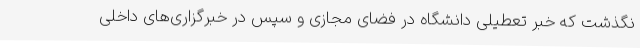
نگذشت که خبر تعطیلی دانشگاه‌ در فضای مجازی و سپس در خبرگزاری‌های داخلی